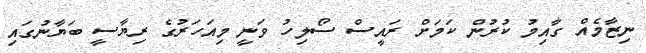
ނިޒާމެއް ގާއިމު ކުރުން ކަމަށް ރައީސް ސޯލިހު ވަނީ މިއަހަރުގެ ރިޔާސީ ބަޔާނުގައި